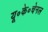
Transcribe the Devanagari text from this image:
यू॰के॰चेनल